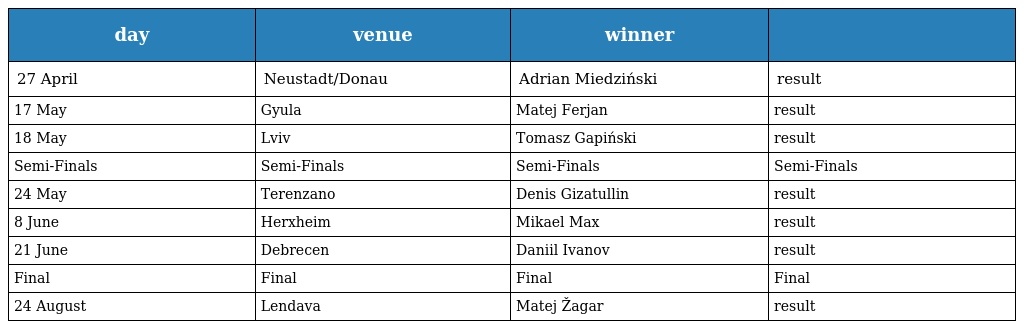
| day | venue | winner |  |
 | --- | --- | --- | --- |
 | 27 April | Neustadt/Donau | Adrian Miedziński | result |
 | 17 May | Gyula | Matej Ferjan | result |
 | 18 May | Lviv | Tomasz Gapiński | result |
 | Semi-Finals | Semi-Finals | Semi-Finals | Semi-Finals |
 | 24 May | Terenzano | Denis Gizatullin | result |
 | 8 June | Herxheim | Mikael Max | result |
 | 21 June | Debrecen | Daniil Ivanov | result |
 | Final | Final | Final | Final |
 | 24 August | Lendava | Matej Žagar | result |